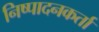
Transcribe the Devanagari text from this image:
निष्‍पादनकर्ता